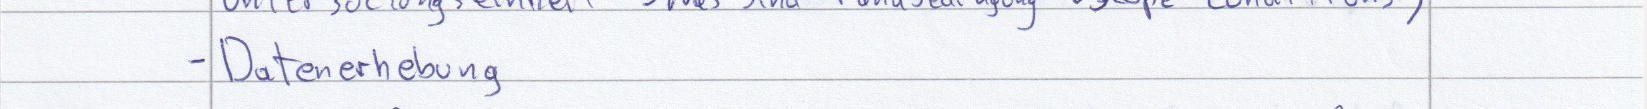
- Datenerhebung